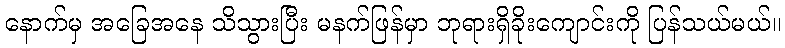
နောက်မှ အခြေအနေ သိသွားပြီး မနက်ဖြန်မှာ ဘုရားရှိခိုးကျောင်းကို ပြန်သယ်မယ်။